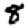
Digit: 8